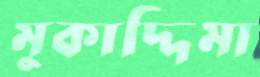
মুকাদ্দিমা